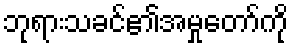
ဘုရားသခင်၏အမှုတော်ကို